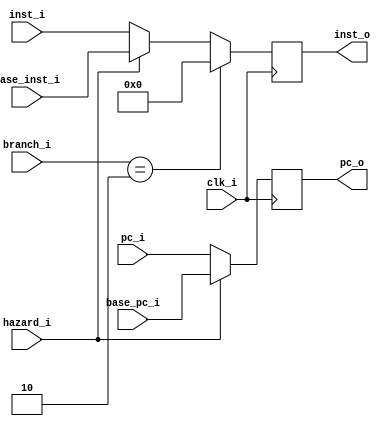
module IF_ID
(
	clk_i,
	pc_i,
	base_pc_i, 
	inst_i,
	base_inst_i,
	hazard_i,
	branch_i,
	pc_o,
	inst_o
);

input				clk_i;
input	[31:0]		pc_i;
input	[31:0]		base_pc_i;
input	[31:0]		inst_i;
input	[31:0]		base_inst_i;
input				hazard_i;
input	[ 1:0]		branch_i;
output reg  [31:0]		pc_o;
output reg  [31:0]		inst_o;

always @(posedge clk_i) begin
	pc_o	<= (hazard_i) ? base_pc_i: pc_i;
	inst_o	<= (branch_i == 2) ? 0 : (hazard_i) ? base_inst_i : inst_i;
end

endmodule